342_HS1-416511228_319.1 Flying Discs 1949
Agency: Department of War
Incident date: 1/9/50
Page 128
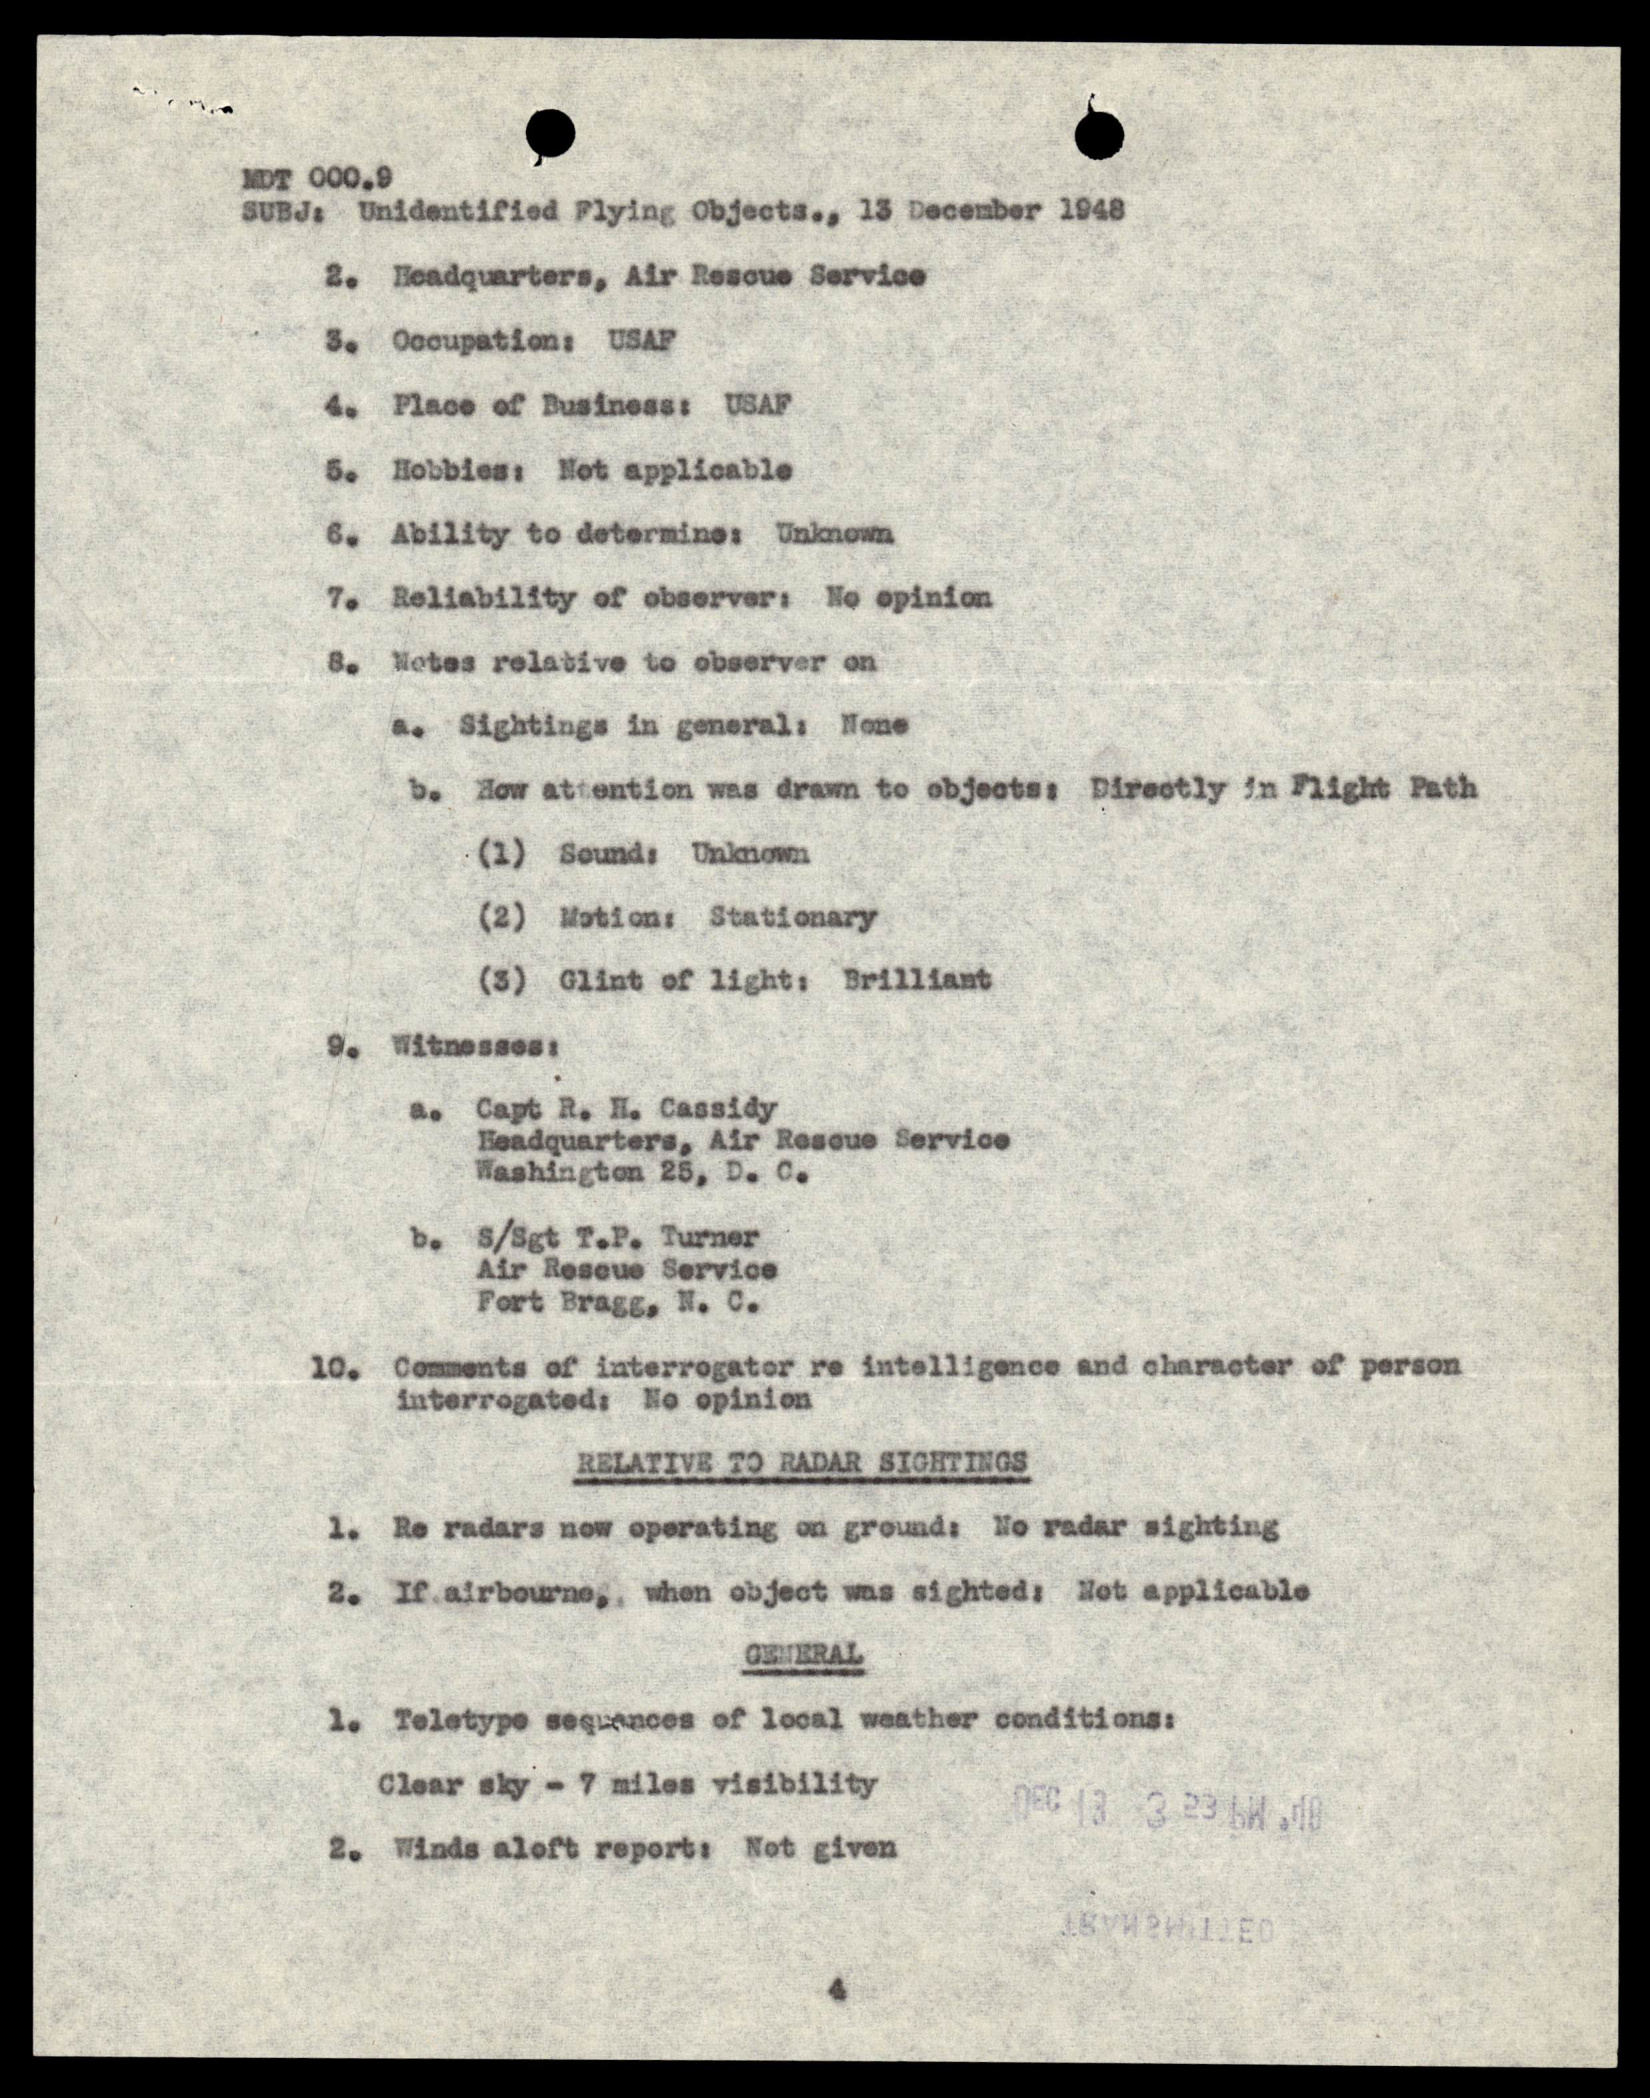